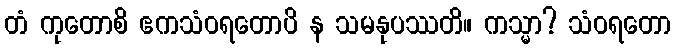
တံ ကုတောစိ ဧကသံဝရတောပိ န သမနုပဿတိ။ ကသ္မာ? သံဝရတော